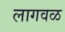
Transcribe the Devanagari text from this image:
लागवळ